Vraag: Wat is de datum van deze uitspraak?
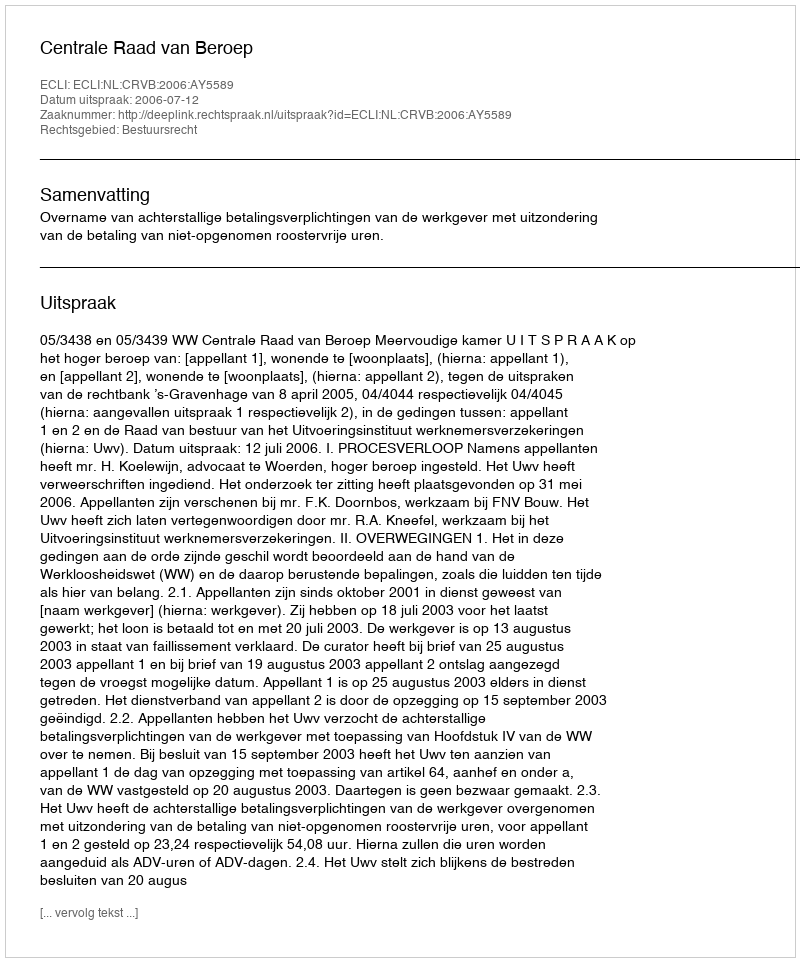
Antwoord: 2006-07-12